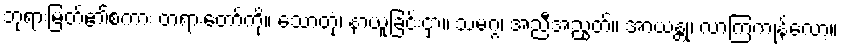
ဘုရားမြတ်၏စကား တရားတော်ကို။ သောတုံ၊ နာယူခြင်းငှာ။ သမဂ္ဂံ၊ အညီအညွတ်။ အာယန္တု၊ လာကြကုန်လော့။